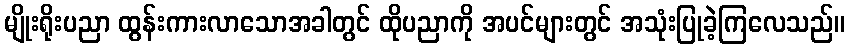
မျိုးရိုးပညာ ထွန်းကားလာသောအခါတွင် ထိုပညာကို အပင်များတွင် အသုံးပြုခဲ့ကြလေသည်။